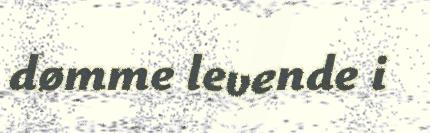
dømme levende i